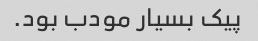
پیک بسیار مودب بود.